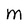
Character: M